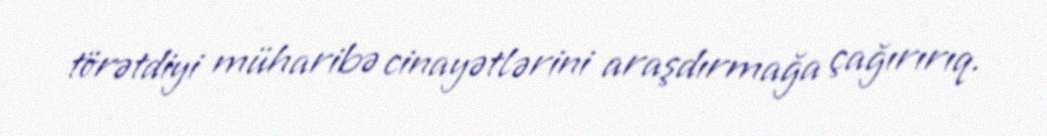
törətdiyi müharibə cinayətlərini araşdırmağa çağırırıq.